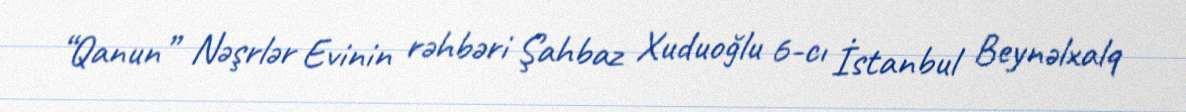
“Qanun” Nəşrlər Evinin rəhbəri Şahbaz Xuduoğlu 6-cı İstanbul Beynəlxalq